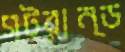
স্ট্রান্ড